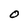
Character: O